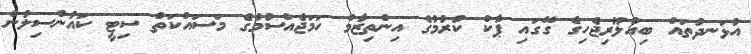
އުޅަނދުތައް ބިއްލޫރިޖެހިގެ ގޭގައި ޕާކް ކުރުމުގެ އިންތިޒާމް ހަމަޖެއްސުމުގެ މަސައްކަތް ސިޓީ ކައުންސިލުން